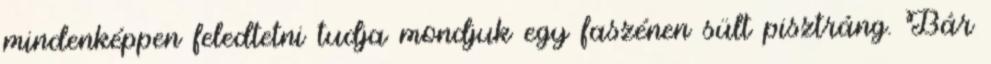
mindenképpen feledtetni tudja mondjuk egy faszénen sült pisztráng. Bár